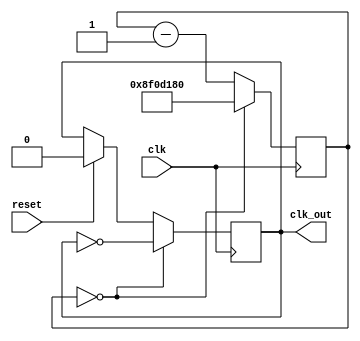
module my_pll(clk_out, clk, reset);
	input reset, clk;
	output reg clk_out;
	reg[31:0] counter;
	parameter counter_max=150000000;
	
	always@(posedge clk)begin
			if(reset)begin	
				clk_out <= 0;
				counter <= counter_max;
			end
			if(counter == 0) begin
					counter <= counter_max;
					clk_out <= ~clk_out;
			end
			else	
					counter <= counter-1;
	end
endmodule